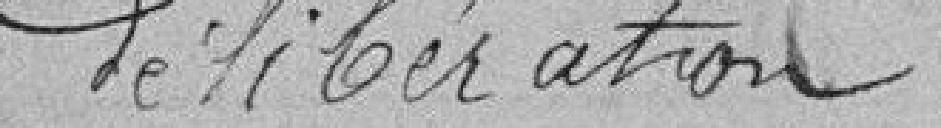
délibération